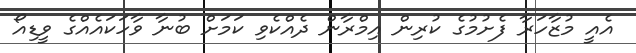
އެއީ މުޒާހަރާ ފެށުމުގެ ކުރިން އިމްރާން ދެއްކެވި ކަމަށް ބުނާ ވާހަކައެއްގެ ވީޑިއޯ